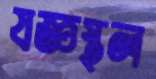
যজ্ঞস্থল